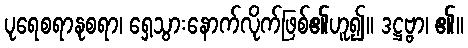
ပုရေစရာနုစရာ၊ ရှေ့သွားနောက်လိုက်ဖြစ်၏ဟူ၍။ ဒဋ္ဌဗ္ဗာ၊ ၏။